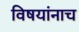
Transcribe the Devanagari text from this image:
विषयांनाच